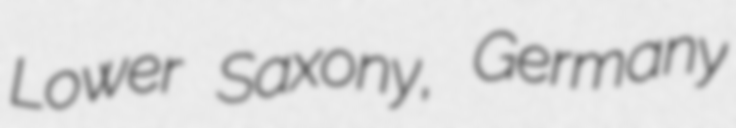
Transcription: Lower Saxony, Germany